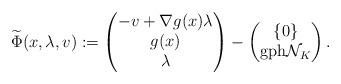
LaTeX: \begin{align*} \widetilde{\Phi}(x,\lambda,v) :=\left(\begin{matrix} -v+\nabla g(x)\lambda\\ g(x)\\ \lambda\\ \end{matrix}\right) -\left(\begin{matrix} \{0\}\\ {\rm gph}\mathcal{N}_K \end{matrix}\right). \end{align*}